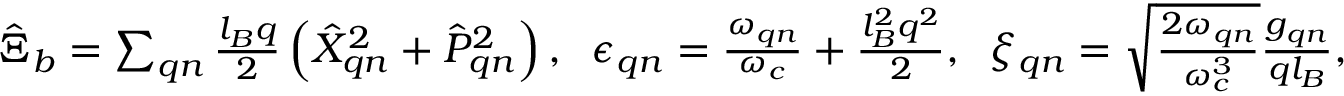
\begin{array} { r } { \hat { \boldsymbol { \Xi } } _ { b } = \sum _ { \boldsymbol { q } n } \frac { l _ { B } \boldsymbol { q } } { 2 } \left( \hat { X } _ { \boldsymbol { q } n } ^ { 2 } + \hat { P } _ { \boldsymbol { q } n } ^ { 2 } \right) , \; \; \epsilon _ { \boldsymbol { q } n } = \frac { \omega _ { \boldsymbol { q } n } } { \omega _ { c } } + \frac { l _ { B } ^ { 2 } q ^ { 2 } } { 2 } , \; \; \xi _ { \boldsymbol { q } n } = \sqrt { \frac { 2 \omega _ { \boldsymbol { q } n } } { \omega _ { c } ^ { 3 } } } \frac { g _ { \boldsymbol { q } n } } { q l _ { B } } , } \end{array}